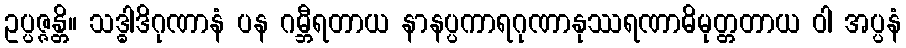
ဥပ္ပဇ္ဇန္တိ။ သဒ္ဓါဒိဂုဏာနံ ပန ဂမ္ဘီရတာယ နာနပ္ပကာရဂုဏာနုဿရဏာဓိမုတ္တတာယ ဝါ အပ္ပနံ